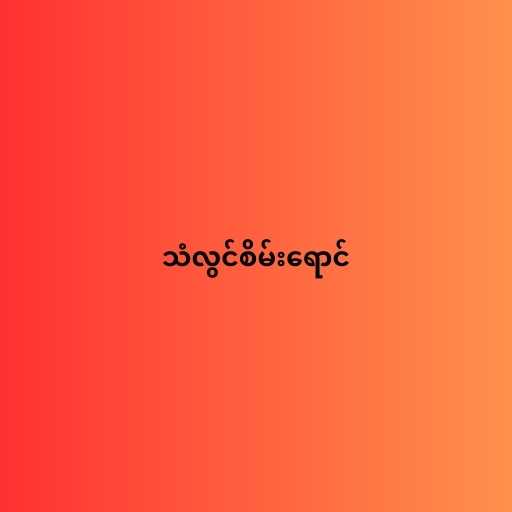
သံလွင်စိမ်းရောင်